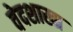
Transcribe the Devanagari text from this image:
वेदशाखा